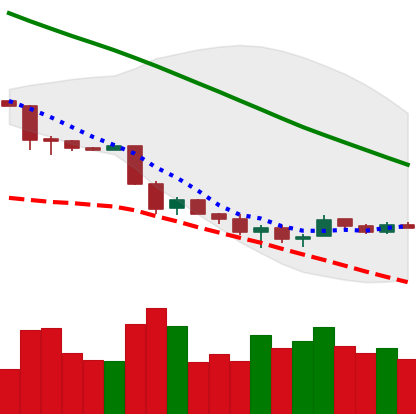
Ticker: ETH-USD
Chart end date: 2018-12-02
Forward return: -19.842%
Label: down_7plus